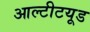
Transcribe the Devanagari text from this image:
आल्टीटयूड